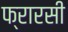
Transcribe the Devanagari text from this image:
फ्रारसी